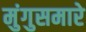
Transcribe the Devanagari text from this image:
मुंगुसमारे